Document type: Sale
Year: 1354
Scribe: Bernat de Torre
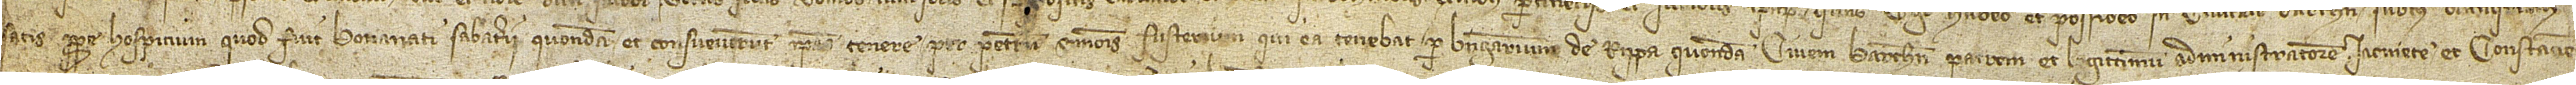
satis prope hospicium quod fuit Bonanati Sabaterii, quondam, et consueverunt ipsas tenere per Petrum Simonis, fusterium, qui ea tenebat per Berengarium de Rippa, quondam, civem Barchinone, patrem et legittimum administratorem Iacmete et Constancie,